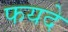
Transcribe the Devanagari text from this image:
फयदे